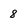
Character: 8